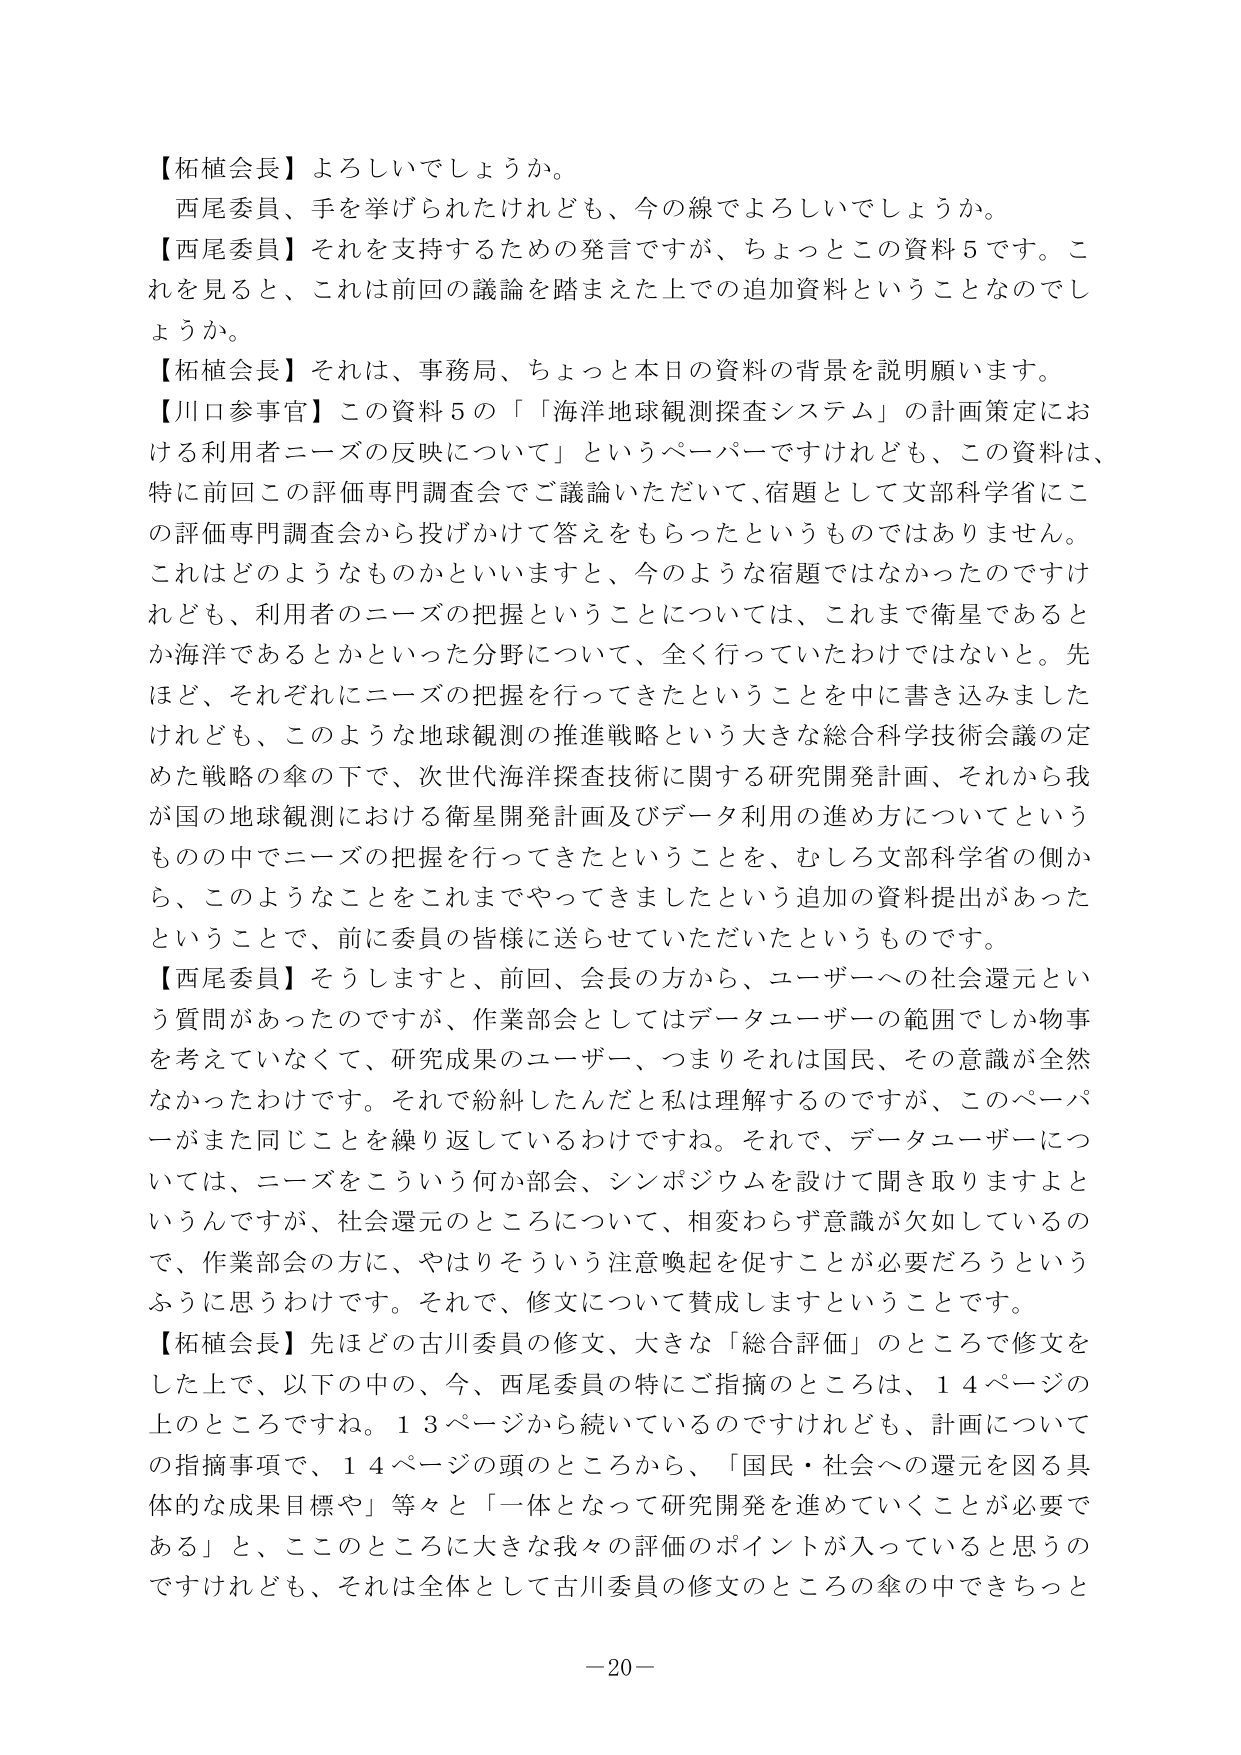
【柘植会長】よろしいでしょうか。
西尾委員、手を挙げられたけれども、今の線でよろしいでしょうか。
【西尾委員】それを支持するための発言ですが、ちょっとこの資料５です。これを見ると、これは前回の議論を踏まえた上での追加資料ということなのでしょうか。
【柘植会長】それは、事務局、ちょっと本日の資料の背景を説明願います。
【川口参事官】この資料５の「『海洋地球観測探査システム』の計画策定における利用者ニーズの反映について」というペーパーですけれども、この資料は、特に前回この評価専門調査会でご議論いただいて、宿題として文部科学省にこの評価専門調査会から投げかけて答えをもらったというものではありません。これはどのようなものかといいますと、今のような宿題ではなかったのですけれども、利用者のニーズの把握ということについては、これまで衛星であるとか海洋であるとかといった分野について、全く行っていたわけではないと。先ほど、それぞれにニーズの把握を行ってきたということを中に書き込みましたけれども、このような地球観測の推進戦略という大きな総合科学技術会議の定めた戦略の傘の下で、次世代海洋探査技術に関する研究開発計画、それから我が国の地球観測における衛星開発計画及びデータ利用の進め方についてというものの中でニーズの把握を行ってきたということを、むしろ文部科学省の側から、このようなことをこれまでやってきましたという追加の資料提出があったということで、前に委員の皆様に送らせていただいたというものです。
【西尾委員】そうしますと、前回、会長の方から、ユーザーへの社会還元という質問があったのですが、作業部会としてはデータユーザーの範囲でしか物事を考えていてなくて、研究成果のユーザー、つまりそれは国民、その意識が全然なかったわけです。それで紛糾したんだと私は理解するのですが、このペーパーがまた同じことを繰り返しているわけですね。それで、データユーザーについては、ニーズをこういう何か部会、シンポジウムを設けて聞き取りますよというんですが、社会還元のところについて、相変わらず意識が欠如しているので、作業部会の方に、やはりそういう注意喚起を促すことが必要だろうというふうに思うわけです。それで、修文について賛成しますということです。
【柘植会長】先ほどの古川委員の修文、大きな「総合評価」のところで修文をした上で、以下の中の、今、西尾委員の特にご指摘のところは、１４ページの上のところですね。１３ページから続いているのですけれども、計画についての指摘事項で、１４ページの頭のところから、「国民・社会への還元を図る具体的な成果目標や」等々と「一体となって研究開発を進めていくことが必要である」と、このところに大きな我々の評価のポイントが入っていると思うのですけれども、それは全体として古川委員の修文のところの傘の中できちっと

－20－